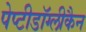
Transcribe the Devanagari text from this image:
पेप्टीडॉग्लीकैन